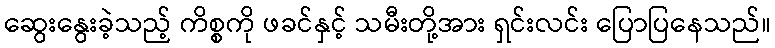
ဆွေးနွေးခဲ့သည့် ကိစ္စကို ဖခင်နှင့် သမီးတို့အား ရှင်းလင်း ပြောပြနေသည်။